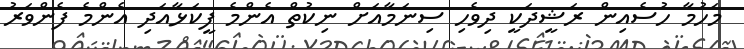
މަހުމާ ހުސެއިން ރަޝީދަކީ ދިވެހި ސިނަމާއަށް ނިކުތް އެންމެ ފީކަޅާއަދި އެންމެ ފެންވަރު